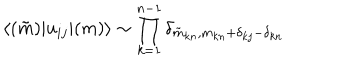
LaTeX: \langle ( \tilde { m } ) | u _ { i j } | ( m ) \rangle \sim \prod _ { k = 1 } ^ { n - 1 } \delta _ { \tilde { m } _ { k n } , m _ { k n } + \delta _ { k j } - \delta _ { k n } }